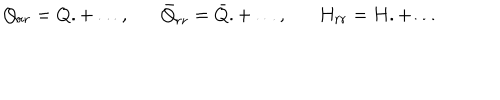
LaTeX: Q _ { r r } = Q . + \ldots , \bar { Q } _ { r r } = \bar { Q } . + \ldots , H _ { r r } = H . + \ldots